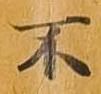
不